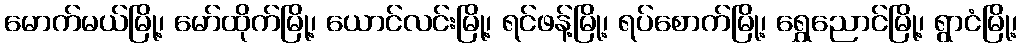
မောက်မယ်မြို့၊ မော်ထိုက်မြို့၊ ယောင်လင်းမြို့၊ ရင်ဖန့်မြို့၊ ရပ်စောက်မြို့၊ ရွှေညောင်မြို့၊ ရွာငံမြို့၊